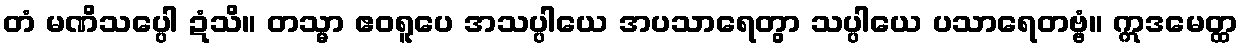
တံ မဏိသပ္ပေါ ဍံသိ။ တသ္မာ ဧဝရူပေ အသပ္ပါယေ အပသာရေတွာ သပ္ပါယေ ပသာရေတဗ္ဗံ။ ဣဒမေတ္ထ